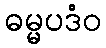
ဓမ္မပဒံဝ